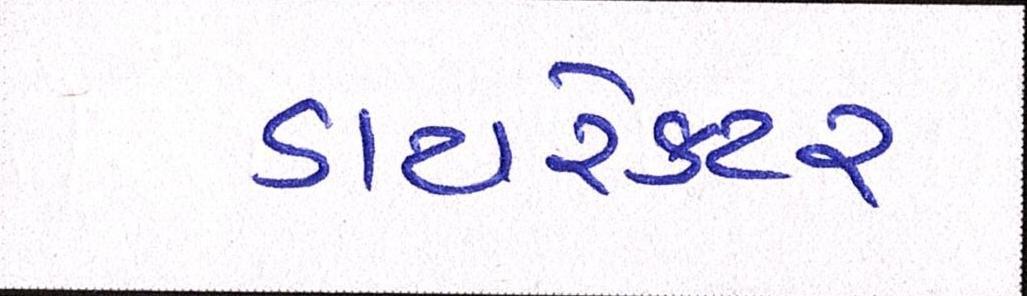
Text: ડાયરેકટર